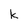
Character: k